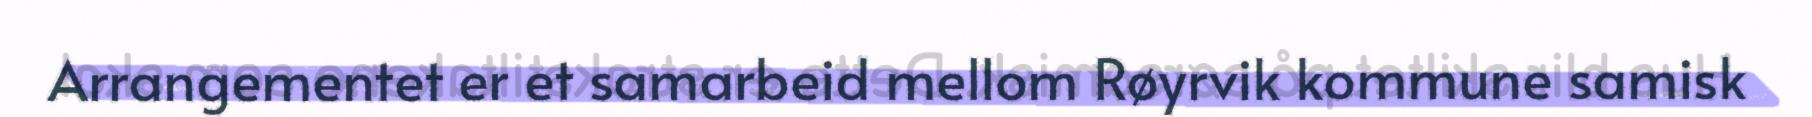
Arrangementet er et samarbeid mellom Røyrvik kommune samisk